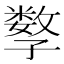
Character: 𡦤